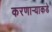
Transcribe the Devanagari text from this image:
करणाऱ्याकडे